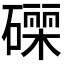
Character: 𮁄